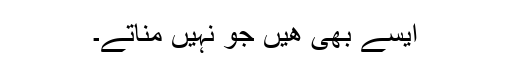
ایسے بھی ھیں جو نہیں مناتے۔